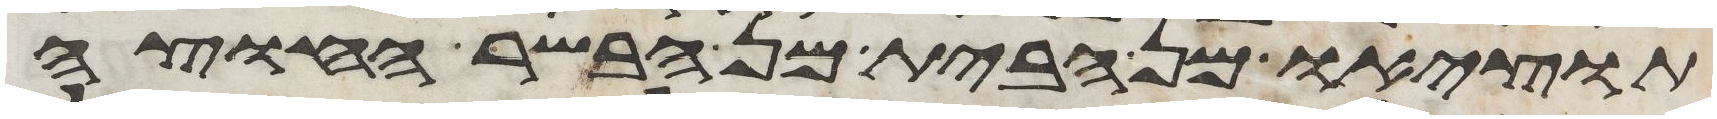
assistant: תוציאו מן הבית מן הבשר החוצה